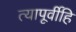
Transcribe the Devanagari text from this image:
त्यापूर्वीहि